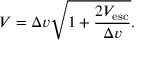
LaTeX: V = \Delta v { \sqrt { 1 + { \frac { 2 V _ { \mathrm { e s c } } } { \Delta v } } } } .